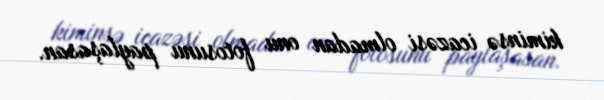
kiminsə icazəsi olmadan onu fotosunu paylaşasan.